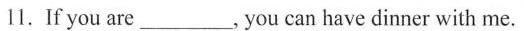
1.If you are___, you can have dinner with me.